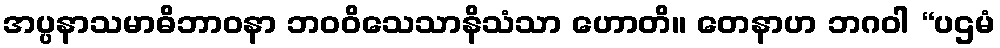
အပ္ပနာသမာဓိဘာဝနာ ဘဝဝိသေသာနိသံသာ ဟောတိ။ တေနာဟ ဘဂဝါ “ပဌမံ